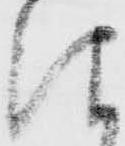
仰